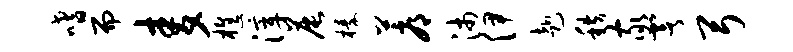
嗜而麦樵滓晨榛蓐沛伊赴秩家署弓